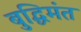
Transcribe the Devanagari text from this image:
बुद्धिमंत